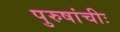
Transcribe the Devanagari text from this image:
पुरुषांचीः